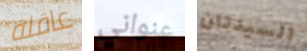
عاقلة عنواني السيدتان